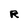
Character: R